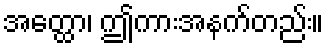
အတ္ထော၊ ဤကားအနက်တည်း။